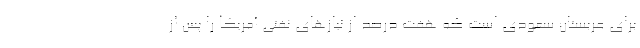
برای عربستان سعودی است که هفت درصد از نیازهای نفتی آمریکا را پس از